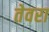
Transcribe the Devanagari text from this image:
तेवरा